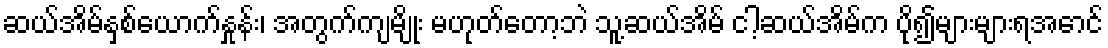
ဆယ်အိမ်နှစ်ယောက်နှုန်း၊ အတွက်ကျမျိုး မဟုတ်တော့ဘဲ သူ့ဆယ်အိမ် ငါ့ဆယ်အိမ်က ပို၍များများရအောင်